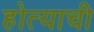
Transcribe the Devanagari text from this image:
होत्याची